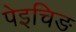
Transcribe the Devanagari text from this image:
पेइचिङ